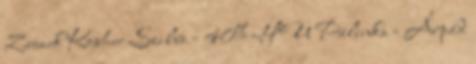
Zwack Kosher Szilva - 40% HU Pálinka - Árpád